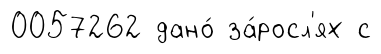
0057262 дано́ за́росл'ях с